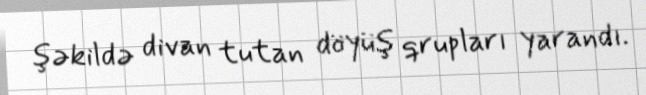
şəkildə divan tutan döyüş qrupları yarandı.